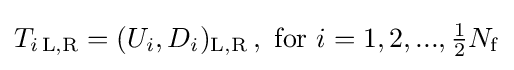
T_{i\,\mathrm {L,R} }=(U_{i},D_{i})_{\mathrm {L,R} }\,,{\text{  for }}i=1,2,...,{\tfrac {1}{2}}N_{\mathrm {f} }